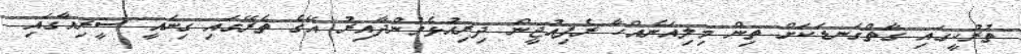
ތުރުކީގައި ގާތްގަނޑަކަށް ތިން މިލިއަނެއްހާ ރެފިއުޖީން ދިރިއުޅެމުންދާއިރު އޭގެ ތެރޭގައި ގިނައީ ސީރިއާގައި